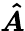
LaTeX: \boldsymbol{\hat{A}}